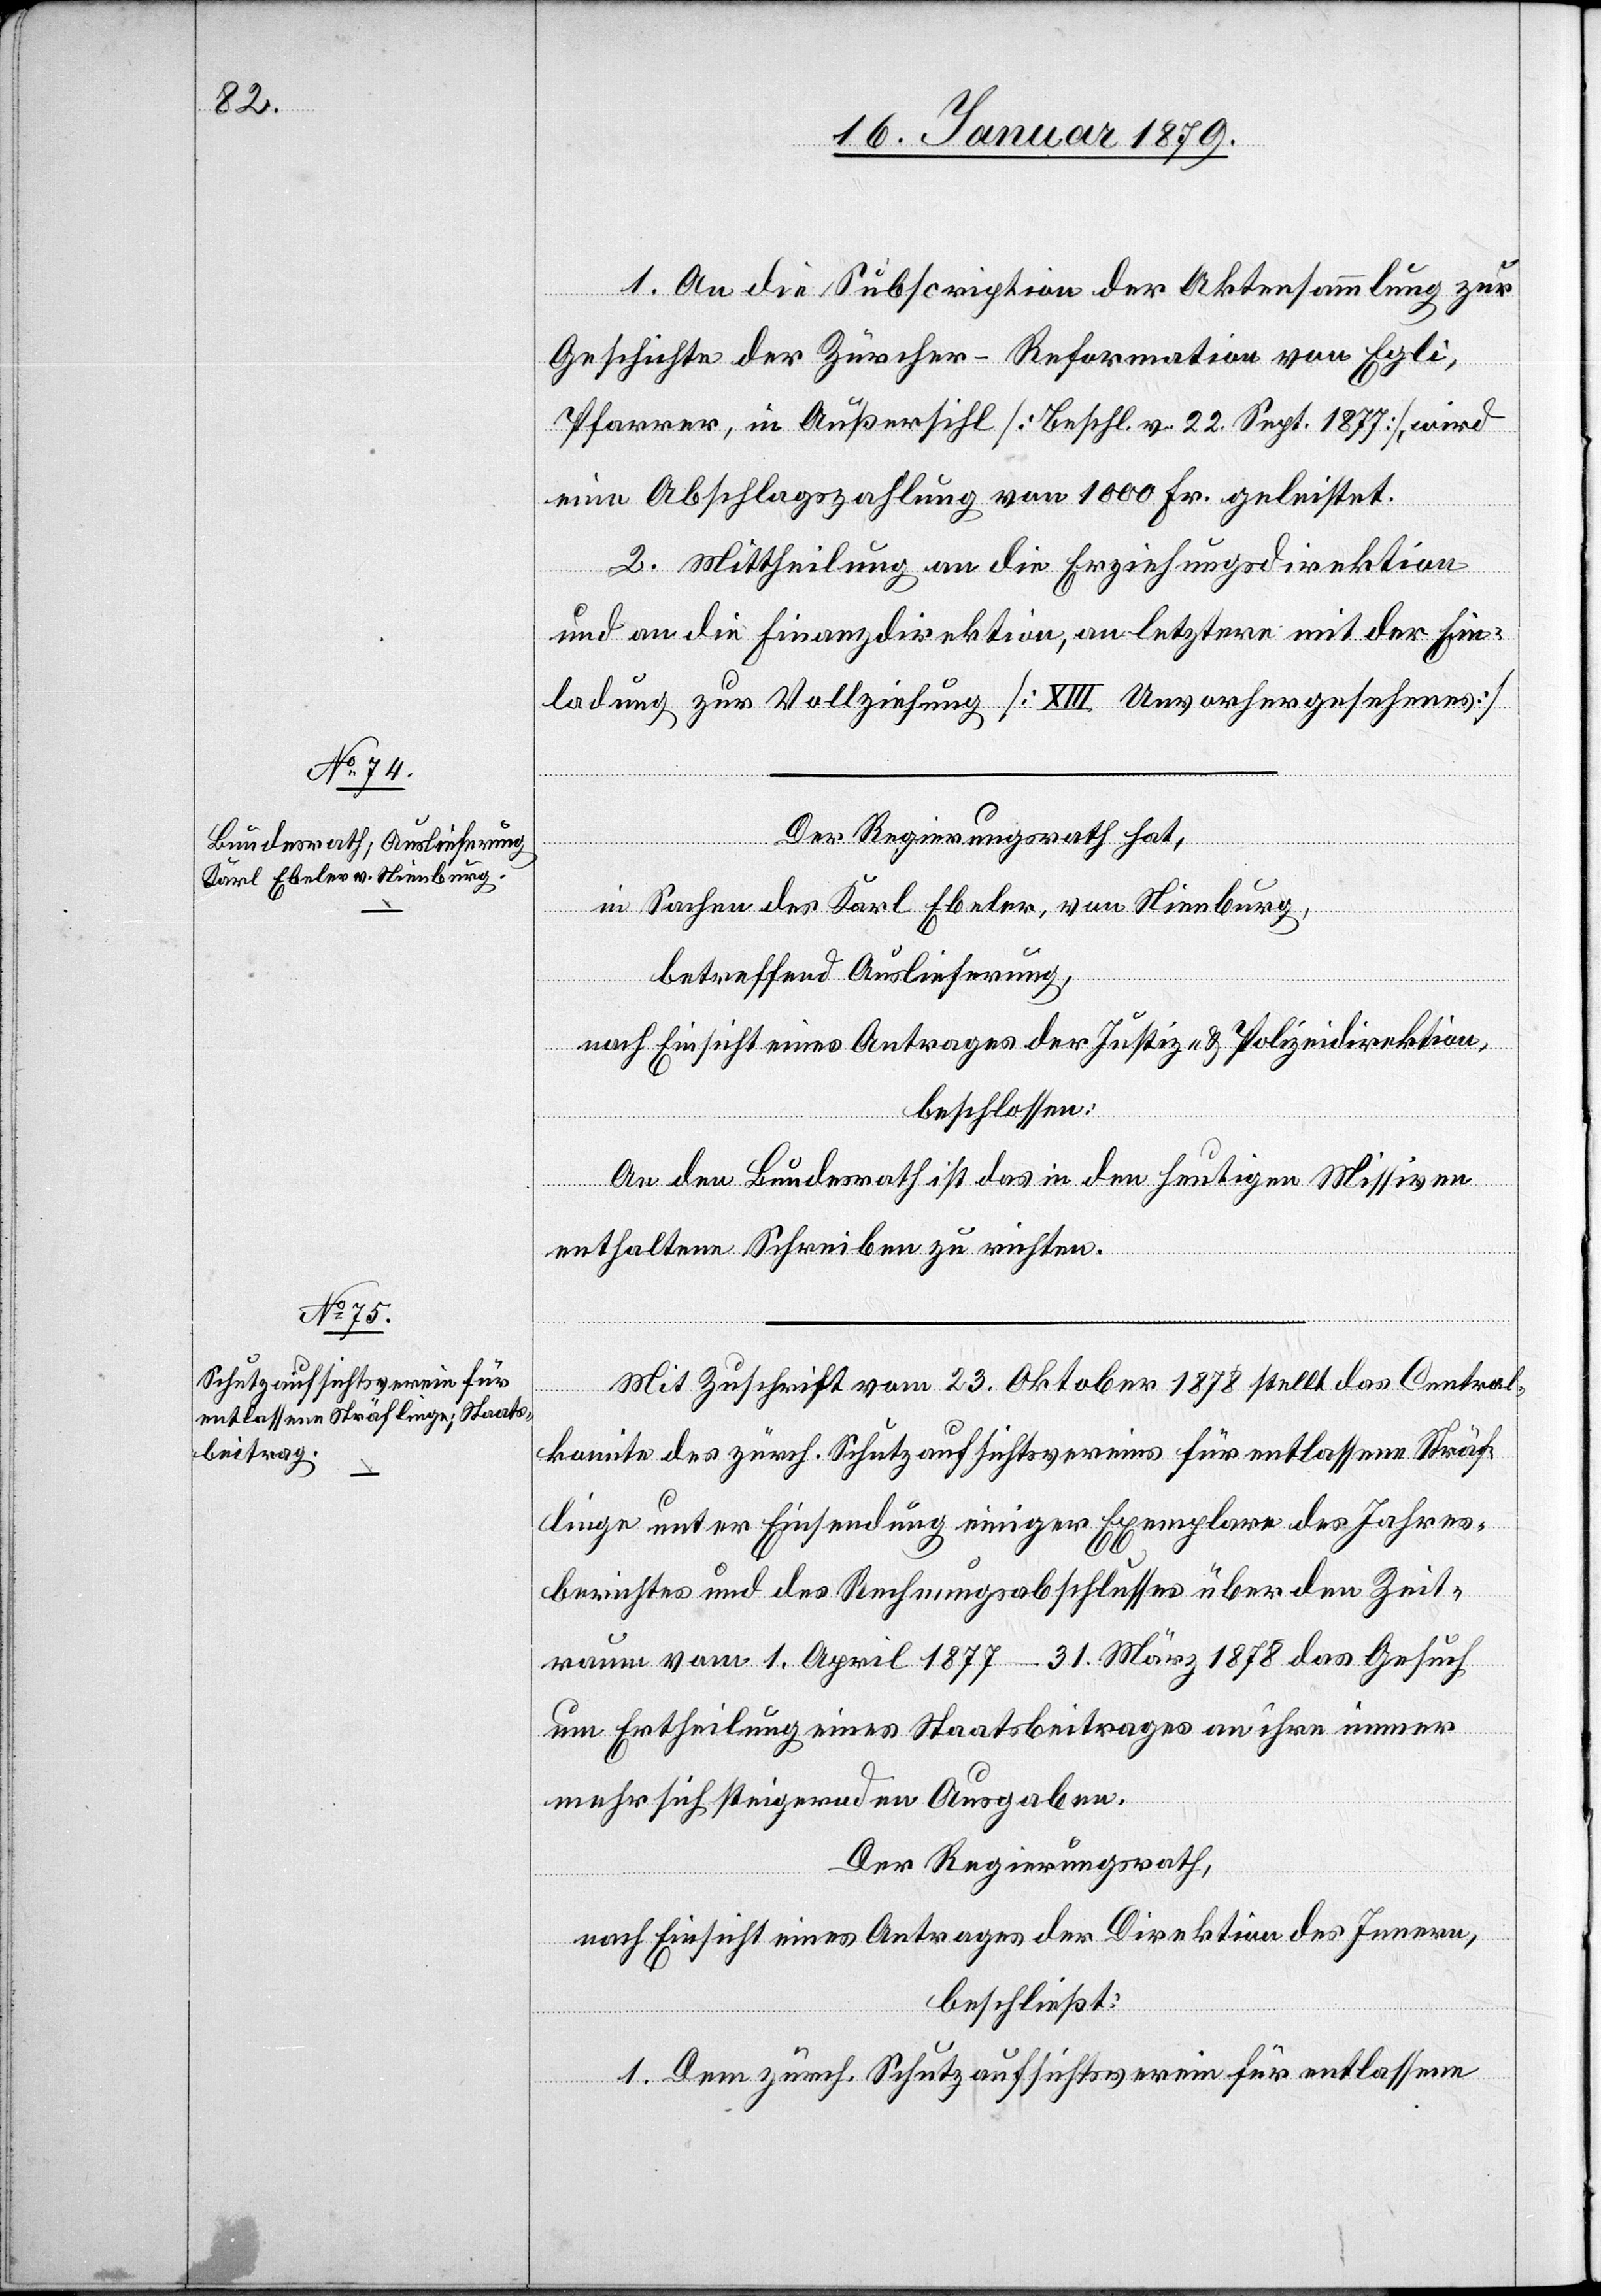
1. An die Subscription der Aktensammlung zur
Geschichte der Zürcher-Reformation von Egli,
Pfarrer in Außersihl, [Beschl. v. 22. Sept. 1877], wird
eine Abschlagszahlung von 1000 Fr. geleistet.
2. Mittheilung an die Erziehungsdirektion
und an die Finanzdirektion, an letztere mit der Ein¬
ladung zur Vollziehung. [Unvorhergesehenes]
Der Regierungsrath hat,
in Sachen des Karl Ebeler, von Nienburg,
betreffend Auslieferung,
nach Einsicht eines Antrages der Justiz- & Polizeidirektion,
beschlossen:
An den Bundesrath ist das in den heutigen Missiven
enthaltene Schreiben zu richten.
Mit Zuschrift vom 23. Oktober 1878 stellt das Central¬
komite des zürch. Schutzaufsichtsvereins für entlassene Sträf¬
linge unter Einsendung einiger Exemplare des Jahres¬
berichtes und des Rechnungsabschlusses über den Zeit¬
raum vom 1. April 1877 – 31. März 1878 das Gesuch
um Ertheilung eines Staatsbeitrages an ihre immer
mehr sich steigernden Ausgaben.
Der Regierungsrath,
nach Einsicht eines Antrages der Direktion des Innern,
beschließt:
1. Dem zürch. Schutzaufsichtsverein für entlassene